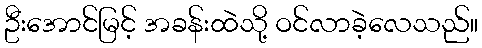
ဦးအောင်မြင့် အခန်းထဲသို့ ဝင်လာခဲ့လေသည်။